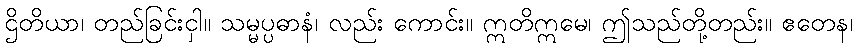
ဌိတိယာ၊ တည်ခြင်းငှါ။ သမ္မပ္ပဓာနံ၊ လည်း ကောင်း။ ဣတိဣမေ၊ ဤသည်တို့တည်း။ ဧတေန၊